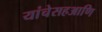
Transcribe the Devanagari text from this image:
यांचेसहआणि